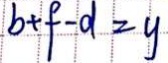
b + f - d = y